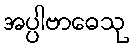
အပ္ပါဗာဓေသု